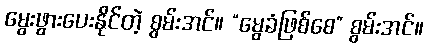
မွေးဖွားပေးနိုင်တဲ့ စွမ်းအင်။ “မွေခံဖြစ်စေ” စွမ်းအင်။